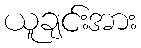
ယူချင်းအား